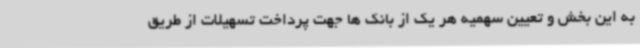
به این بخش و تعیین سهمیه هر یک از بانک ها جهت پرداخت تسهیلات از طریق